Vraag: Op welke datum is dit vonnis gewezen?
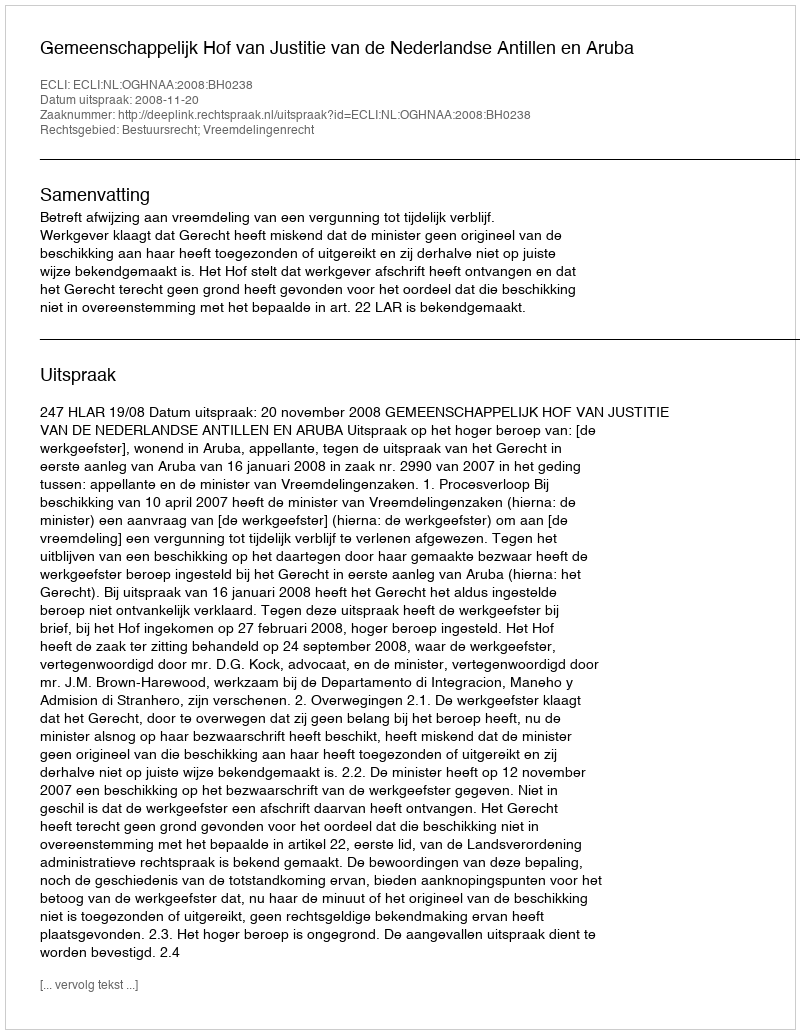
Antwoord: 2008-11-20